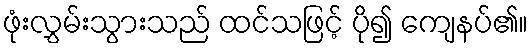
ဖုံးလွှမ်းသွားသည် ထင်သဖြင့် ပို၍ ကျေနပ်၏။